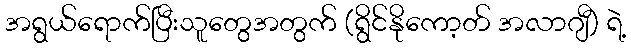
အရွယ်ရောက်ပြီးသူတွေအတွက် (ရွိင်နိုကော့တ် အလာဂျီ) ရဲ့